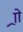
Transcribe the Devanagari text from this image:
र्‍ाो